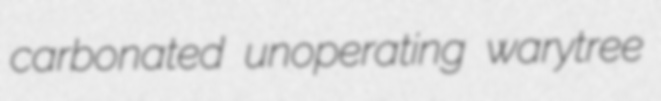
carbonated unoperating warytree